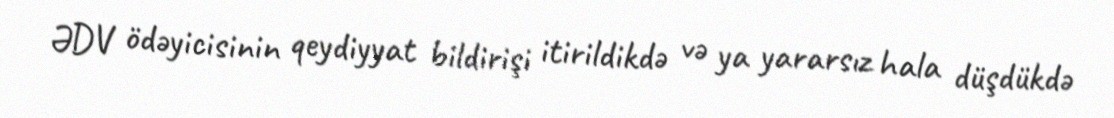
ƏDV ödəyicisinin qeydiyyat bildirişi itirildikdə və ya yararsız hala düşdükdə